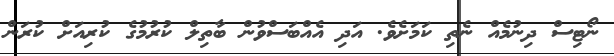
ނޯޓިސް ދިނުމެއް ނެތި ކަމަށެވެ. އަދި އެއްބަސްވުން ބާތިލް ކުރުމުގެ ކުރިއަށް ކުރަން